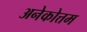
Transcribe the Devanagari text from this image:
अनेकोत्तम